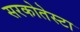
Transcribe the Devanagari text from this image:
सरकोतेस्टा